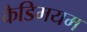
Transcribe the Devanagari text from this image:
कैडिमयम